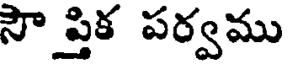
సౌప్తిక పర్వము